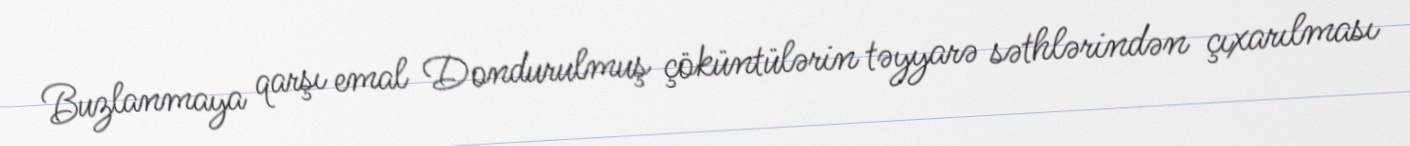
Buzlanmaya qarşı emal Dondurulmuş çöküntülərin təyyarə səthlərindən çıxarılması